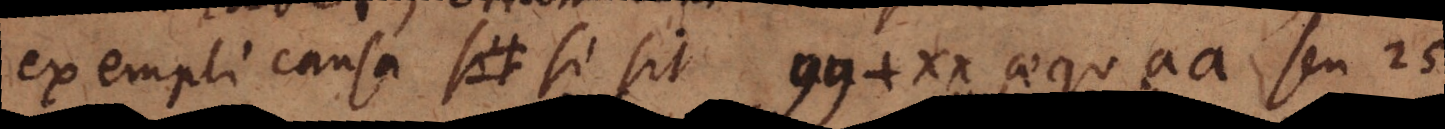
exempli causa sit si sit yy + xx aequ. aa seu 25